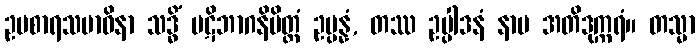
ဥပစာရသမာဓိနာ သဒ္ဓိံ ပဋိဘာဂနိမိတ္တံ ဥပ္ပန္နံ, တဿ ဥပ္ပါဒနံ နာမ အတိဒုက္ကရံ။ တသ္မာ